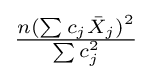
{\tfrac {n(\sum c_{j}{\bar {X}}_{j})^{2}}{\sum c_{j}^{2}}}